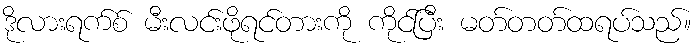
ဒိုလားရက်စ် မီးလင်းဖိုရင်တားကို ကိုင်ပြီး မတ်တတ်ထရပ်သည်။